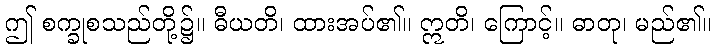
ဤ စက္ခုစသည်တို့၌။ ဓီယတိ၊ ထားအပ်၏။ ဣတိ၊ ကြောင့်။ ဓာတု၊ မည်၏။